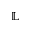
\mathbb { L }